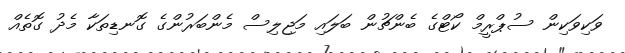
ވަކިވަކިން ސުޕްރީމް ކޯޓްގެ ބެންޗުން ބަލައި މަޖިލިސް މެންބަރުންގެ ގޮނޑިތަކާ މެދު ގޮތެއް